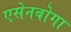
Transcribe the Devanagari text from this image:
एसेनबोगा